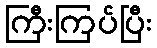
ကြီးကြပ်ပြီး